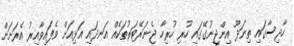
ހާދިސާގައި ތިނަދޫ އިންޖީނުގޭގައި ހުރި ހުރިހާ ޖެނަރޭޓަރުތަކެއް އަނދައި އަޅިއަށް ވެފައިވާއިރު އެރަށަށް